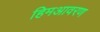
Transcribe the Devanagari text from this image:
हिमआवरण